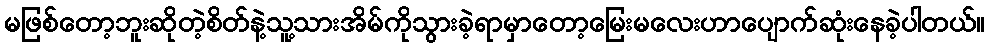
မဖြစ်တော့ဘူးဆိုတဲ့စိတ်နဲ့သူ့သားအိမ်ကိုသွားခဲ့ရာမှာတော့မြေးမလေးဟာပျောက်ဆုံးနေခဲ့ပါတယ်။